Report on vaccination in the Province of Bengal - 1874-1889
Year: 1874
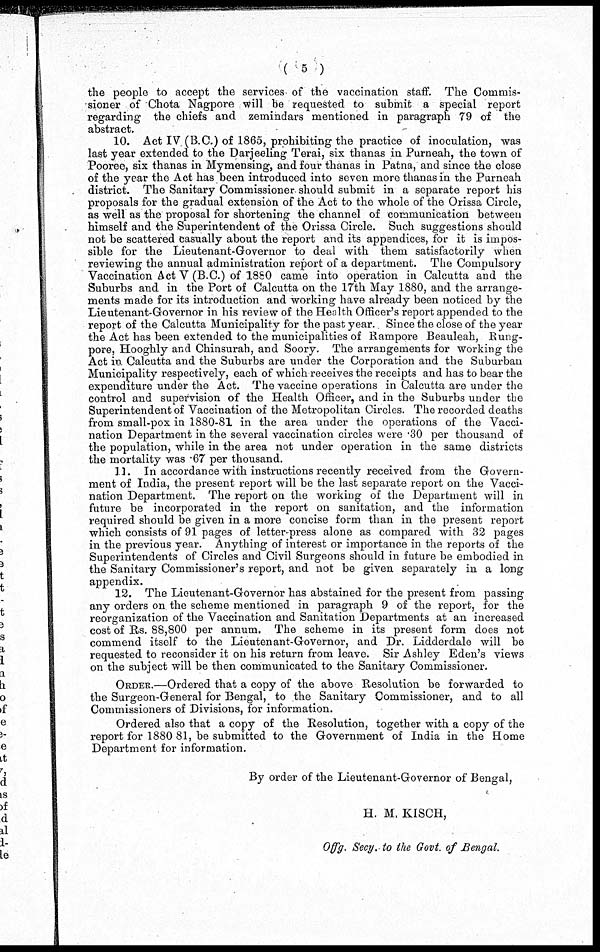
( 5 )
the people to accept the services of the vaccination staff. The Commis-
sioner of Chota Nagpore -will be requested to submit a special report
regarding the chiefs and zemindars mentioned in paragraph 79 of the
abstract.
10. Act IV. (B.C.) of 1865, prohibiting the practice of inoculation, was
last year extended to the Darjeeling Terai, six thanas in Purneah, the town of
Pooree, six thanas in Mymensing, and four thanas in Patna, and since the close
of the year the Act has been introduced into seven more thanas in the Purneah
district. The Sanitary Commissioner. should submit in a separate report his
proposals for the gradual extension of the Act to the whole of the Orissa Circle,
as well as the proposal for shortening the channel of communication between
himself and the Superintendent of the Orissa Circle. Such suggestions should
not be scattered casually about the report and its appendices, for it is impos-
sible for the Lieutenant-Governor to deal with them satisfactorily when
reviewing the annual administration report of a department. The Compulsory
Vaccination Act V (B.C.) of 1880 came into operation in Calcutta and the
Suburbs and in the Port of Calcutta on the 17th May 1880, and the arrange-
ments made for its introduction and working have already been noticed by the
Lieutenant-Governor in his review of the Health Officer's report appended to the
report of the Calcutta Municipality for the past year.. Since the close of the year
the Act has been extended to the municipalities of Rampore Beauleah, Rung-
pore, Hooghly and Chinsurah, and Soory. The arrangements for working the
Act in Calcutta and the Suburbs are under the Corporation and the Suburban
Municipality respectively, each of which receives the receipts and has to bear the
expenditure under the Act. The vaccine operations in Calcutta are under the
control and supervision of the Health Officer, and in the Suburbs under the
Superintendent of Vaccination of the Metropolitan Circles. The recorded deaths
from small-pox in 1880-81 in the area under the operations of the Vacci-
nation Department in the several vaccination circles were .30 per thousand of
the population, while in the area not under operation in the same districts
the mortality was .67 per thousand.
11. In accordance with instructions recently received from the Govern-
ment of India, the present report will be the last separate report on the Vacci-
nation Department. The report on the working of the Department will in
future be incorporated in the report on sanitation, and the information
required should be given in a more concise form than in the present report
which consists of 91 pages of letter-press alone as compared with 32 pages
in the previous year. Anything of interest or importance in the reports of the
Superintendents of Circles and Civil Surgeons should in future be embodied in
the Sanitary Commissioner's report, and not be given separately in a long
appendix.
12. The Lieutenant-Governor has abstained for the present from passing
any orders on the scheme mentioned in paragraph 9 of the report, for the
reorganization of the Vaccination and Sanitation Departments at an increased
cost of Rs. 88,800 per annum. The scheme in its present form does not
commend itself to the Lieutenant-Governor, and Dr. Lidderdale will be
requested to reconsider it on his return from leave. Sir Ashley Eden's views
on the subject will be then communicated to the Sanitary Commissioner.
ORDER.—Ordered that a copy of the above Resolution be forwarded to
the Surgeon-General for Bengal, to the Sanitary Commissioner, and to all
Commissioners of Divisions, for information.
Ordered also that a copy of the Resolution, together with a copy of the
report for 1880 81, be submitted to the Government of India in the Home
Department for information.
By order of the Lieutenant-Governor of Bengal,
H. M. KISCH,
Offg. Secy. to the Govt. of Bengal.